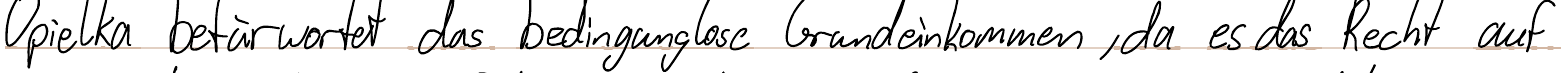
Opielka befürwortet das bedingungslose Grundeinkommen, da es das Recht auf